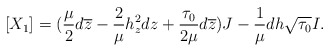
\begin{align*}[X_1]=(\frac{\mu}{2}d\overline{z}-\frac{2}{\mu}h_z^2dz+\frac{\tau_0}{2\mu}d\overline{z})J-\frac{1}{\mu}dh\sqrt{\tau_0}I.\end{align*}